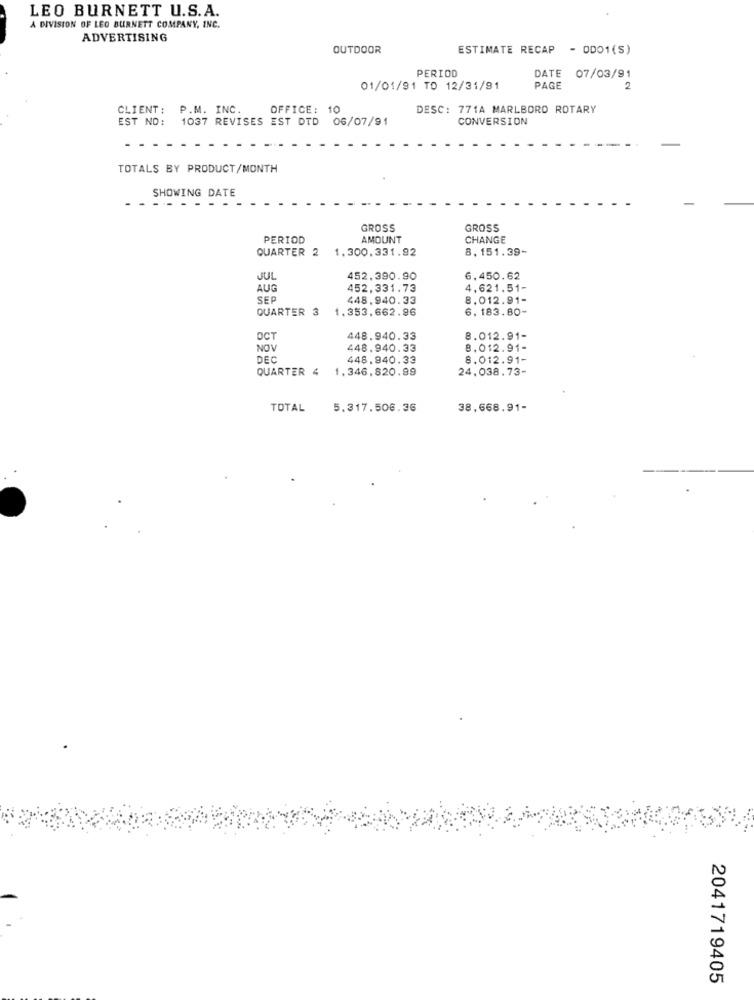
LEO BURNETT U.S.A.
A DIVISION OF LEO BURNETT COMPANY, INC.
ADVERTISING
OUTDOOR
ESTIMATE RECAP - OD01(S)
PERIOD
DATE 07/03/91
01/01/91 TO 12/31/91
PAGE
2
CLIENT: P.M. INC.
OFFICE: 10
DESC: 771A MARLBORO ROTARY
EST NO:
1037 REVISES EST DTD 06/07/91
CONVERSION
TOTALS BY PRODUCT/MONTH
SHOWING DATE
GROSS
GROSS
PERIOD
AMOUNT
CHANGE
QUARTER 2
1.300.331.92
8.151.39-
JUL
452.390.90
6.450.62
AUG
452,331.73
4,621.51-
SEP
448.940.33
8.012.91-
QUARTER 3
1.353.662.96
6. 183.80-
OCT
448.940.33
8.012.91-
NOV
448.940.33
8.012.91-
DEC
448.940.33
8.012.91-
QUARTER 4
1.346.820.99
24,038.73-
TOTAL
5.317.508.36
38,668.91-
2041719405